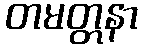
တမတ္တနာ